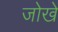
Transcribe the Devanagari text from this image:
जोखे